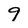
Character: 9